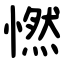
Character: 㦓